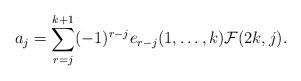
LaTeX: \begin{align*}a_j= \sum_{r=j}^{k+1} (-1)^{r-j}e_{r-j}(1, \dots, k) \mathcal{F}(2k, j). \end{align*}